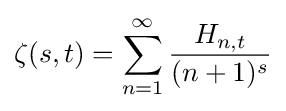
\zeta (s,t)=\sum _{n=1}^{\infty }{\frac {H_{n,t}}{(n+1)^{s}}}